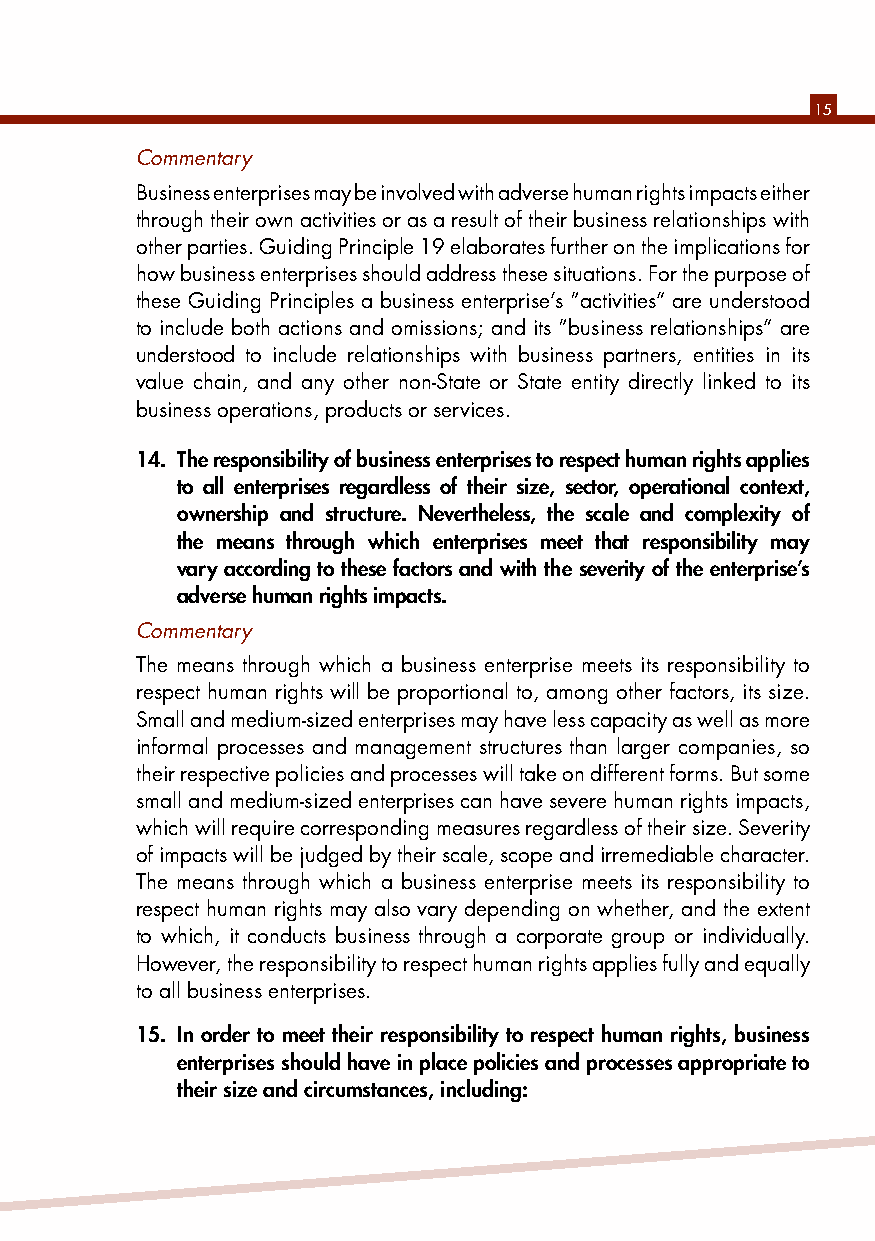
15
 Commentary
 Business enterprises may be involved with adverse human rights impacts either
 through their own activities or as a result of their business relationships with
 other parties. Guiding Principle 19 elaborates further on the implications for
 how business enterprises should address these situations. For the purpose of
 these Guiding Principles a business enterprise’s “activities” are understood
 to include both actions and omissions; and its “business relationships” are
 understood to include relationships with business partners, entities in its
 value chain, and any other non-State or State entity directly linked to its
 business operations, products or services.
 14. The responsibility of business enterprises to respect human rights applies
 to all enterprises regardless of their size, sector, operational context,
 ownership and structure. Nevertheless, the scale and complexity of
 the means through which enterprises meet that responsibility may
 vary according to these factors and with the severity of the enterprise’s
 adverse human rights impacts.
 Commentary
 The means through which a business enterprise meets its responsibility to
 respect human rights will be proportional to, among other factors, its size.
 Small and medium-sized enterprises may have less capacity as well as more
 informal processes and management structures than larger companies, so
 their respective policies and processes will take on different forms. But some
 small and medium-sized enterprises can have severe human rights impacts,
 which will require corresponding measures regardless of their size. Severity
 of impacts will be judged by their scale, scope and irremediable character.
 The means through which a business enterprise meets its responsibility to
 respect human rights may also vary depending on whether, and the extent
 to which, it conducts business through a corporate group or individually.
 However, the responsibility to respect human rights applies fully and equally
 to all business enterprises.
 15. In order to meet their responsibility to respect human rights, business
 enterprises should have in place policies and processes appropriate to
 their size and circumstances, including: